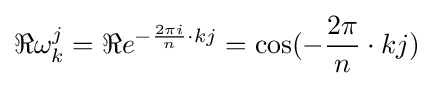
\Re \omega _{k}^{j}=\Re e^{-{\frac {2\pi i}{n}}\cdot kj}=\cos(-{\frac {2\pi }{n}}\cdot kj)